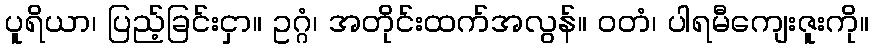
ပူရိယာ၊ ပြည့်ခြင်းငှာ။ ဥဂ္ဂံ၊ အတိုင်းထက်အလွန်။ ဝတံ၊ ပါရမီကျေးဇူးကို။